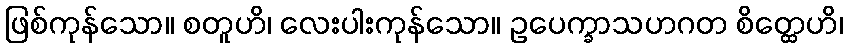
ဖြစ်ကုန်သော။ စတူဟိ၊ လေးပါးကုန်သော။ ဥပေက္ခာသဟဂတ စိတ္ထေဟိ၊